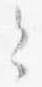
之